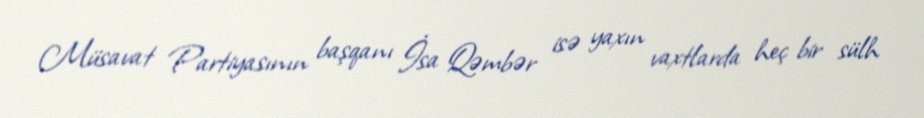
Müsavat Partiyasının başqanı İsa Qəmbər isə yaxın vaxtlarda heç bir sülh